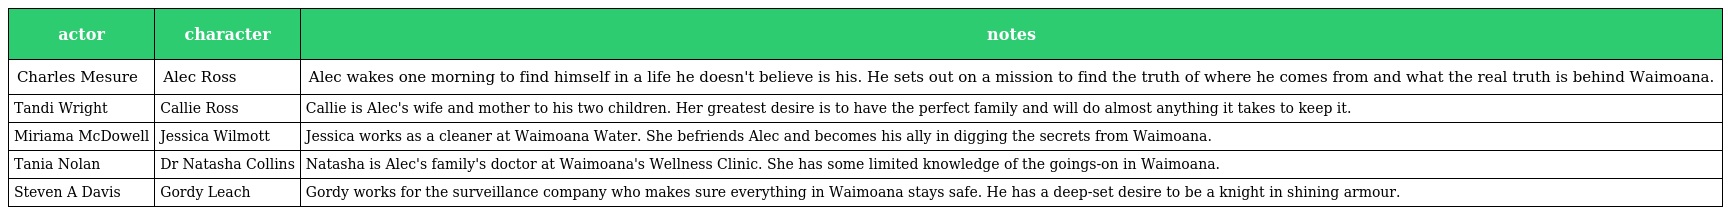
| actor | character | notes |
 | --- | --- | --- |
 | Charles Mesure | Alec Ross | Alec wakes one morning to find himself in a life he doesn't believe is his. He sets out on a mission to find the truth of where he comes from and what the real truth is behind Waimoana. |
 | Tandi Wright | Callie Ross | Callie is Alec's wife and mother to his two children. Her greatest desire is to have the perfect family and will do almost anything it takes to keep it. |
 | Miriama McDowell | Jessica Wilmott | Jessica works as a cleaner at Waimoana Water. She befriends Alec and becomes his ally in digging the secrets from Waimoana. |
 | Tania Nolan | Dr Natasha Collins | Natasha is Alec's family's doctor at Waimoana's Wellness Clinic. She has some limited knowledge of the goings-on in Waimoana. |
 | Steven A Davis | Gordy Leach | Gordy works for the surveillance company who makes sure everything in Waimoana stays safe. He has a deep-set desire to be a knight in shining armour. |